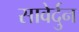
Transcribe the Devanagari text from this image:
सावेर्दुन